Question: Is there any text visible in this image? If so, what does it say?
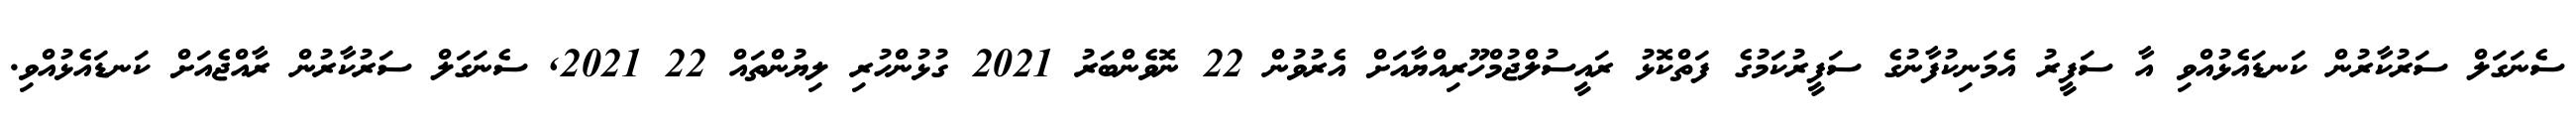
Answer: ސެނަގަލް ސަރުކާރުން ކަނޑައެޅުއްވި އާ ސަފީރު އެމަނިކުފާނުގެ ސަފީރުކަމުގެ ފަތްކޮޅު ރައީސުލްޖުމްހޫރިއްޔާއަށް އެރުވުން 22 ނޮވެންބަރު 2021 ގުޅުންހުރި ލިޔުންތައް 22 2021, ސެނަގަލް ސަރުކާރުން ރާއްޖެއަށް ކަނޑައެޅުއްވި.